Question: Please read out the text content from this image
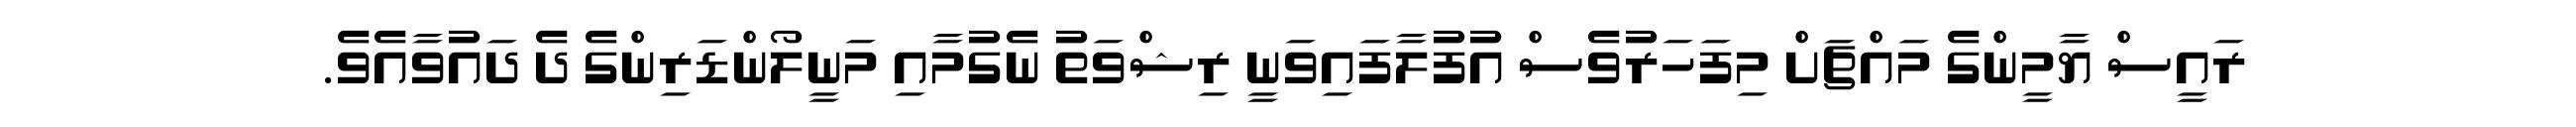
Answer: ރައީސް ޔާމީންގެ މައްޗަށް މިފަހަރުވެސް އުފުލާފައިވަނީ ރިޝްވަތު ނެގުމާއި މަނީލޯންޑަރިންގެ ދެ ދައުވާއެވެ.